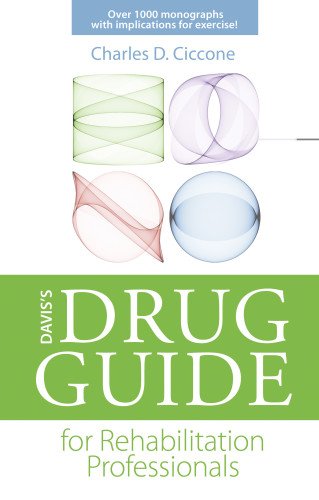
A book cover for Davis's Drug Guide for Rehabilitation Professionals (DavisPlus); Charles D. Ciccone PT  PhD  FAPTA; Medical Books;